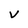
Character: V